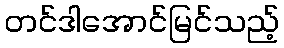
တင်ဒါအောင်မြင်သည့်